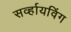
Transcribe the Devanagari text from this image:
सर्व्हायविंग